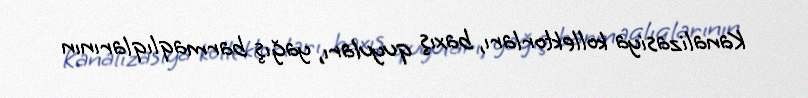
Kanalizasiya kollektorları, baxış quyuları, yağış barmaqlıqlarının